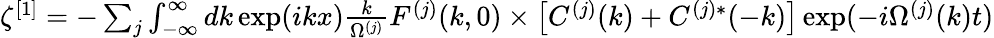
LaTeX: \begin{array}{r}{\zeta^{[1]}=-\sum_{j}\int_{-\infty}^{\infty}dk\exp(ikx)\frac{k}{\Omega^{(j)}}F^{(j)}(k,0)\times\left[C^{(j)}(k)+C^{(j)*}(-k)\right]\exp(-i\Omega^{(j)}(k)t)}\end{array}